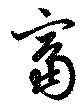
富